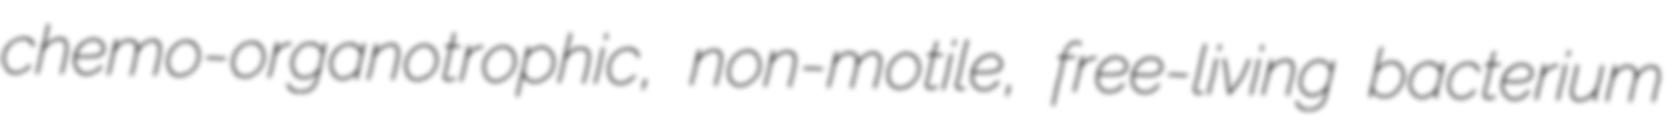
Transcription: chemo-organotrophic, non-motile, free-living bacterium